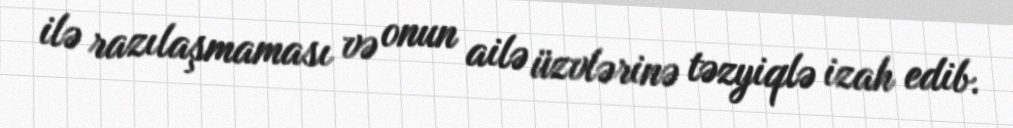
ilə razılaşmaması və onun ailə üzvlərinə təzyiqlə izah edib.